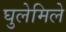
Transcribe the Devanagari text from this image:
घुलेमिले